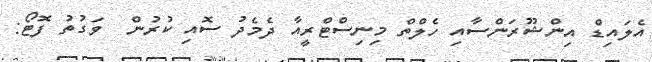
އެލައިޑް އިންޝޫރަންސާއި ހެލްތް މިނިސްޓްރީއާ ދެމެދު ސޮއި ކުރުން  ވަގުތު ފޮޓޯ: